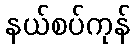
နယ်စပ်ကုန်